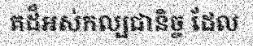
គដ៏អស់កល្បជានិច្ច ដែល